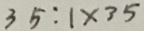
3 5 : 1 \times 3 5